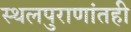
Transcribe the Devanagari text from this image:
स्थलपुराणांतही